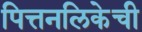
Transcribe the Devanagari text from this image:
पित्तनलिकेची